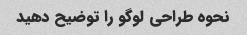
نحوه طراحی لوگو را توضیح دهید